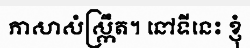
ភាសាសំស្ក្រឹត។ នៅទីនេះ ខ្ញុំ